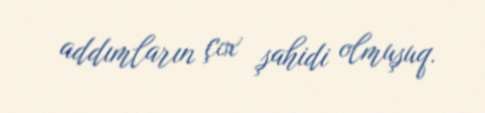
addımların çox şahidi olmuşuq.